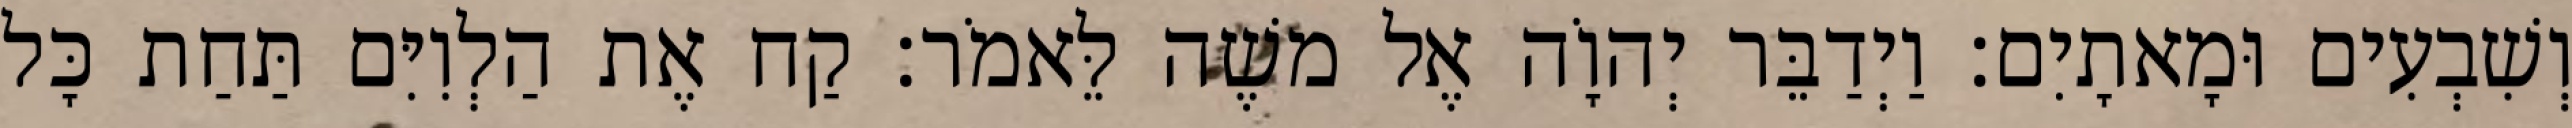
וְשִׁבְעִים וּמָאתָיִם׃ וַיְדַבֵּר יְהוָֹה אֶל משֶׁה לֵּאמֹר׃ קַח אֶת הַלְוִיִּם תַּחַת כָּל